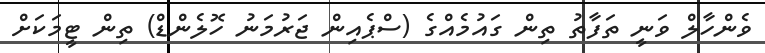
ވެންހާލް ވަނީ ތަފާތު ތިން ގައުމެއްގެ (ސްޕެއިން ޖަރުމަނު ހޮލެންޑް) ތިން ޓީމަކަށް